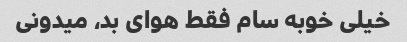
خیلی خوبه سام فقط هوای بد، میدونی